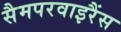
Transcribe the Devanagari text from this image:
सैमपरवाइरैंस